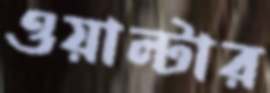
ওয়াল্টার